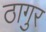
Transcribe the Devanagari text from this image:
ठागुर